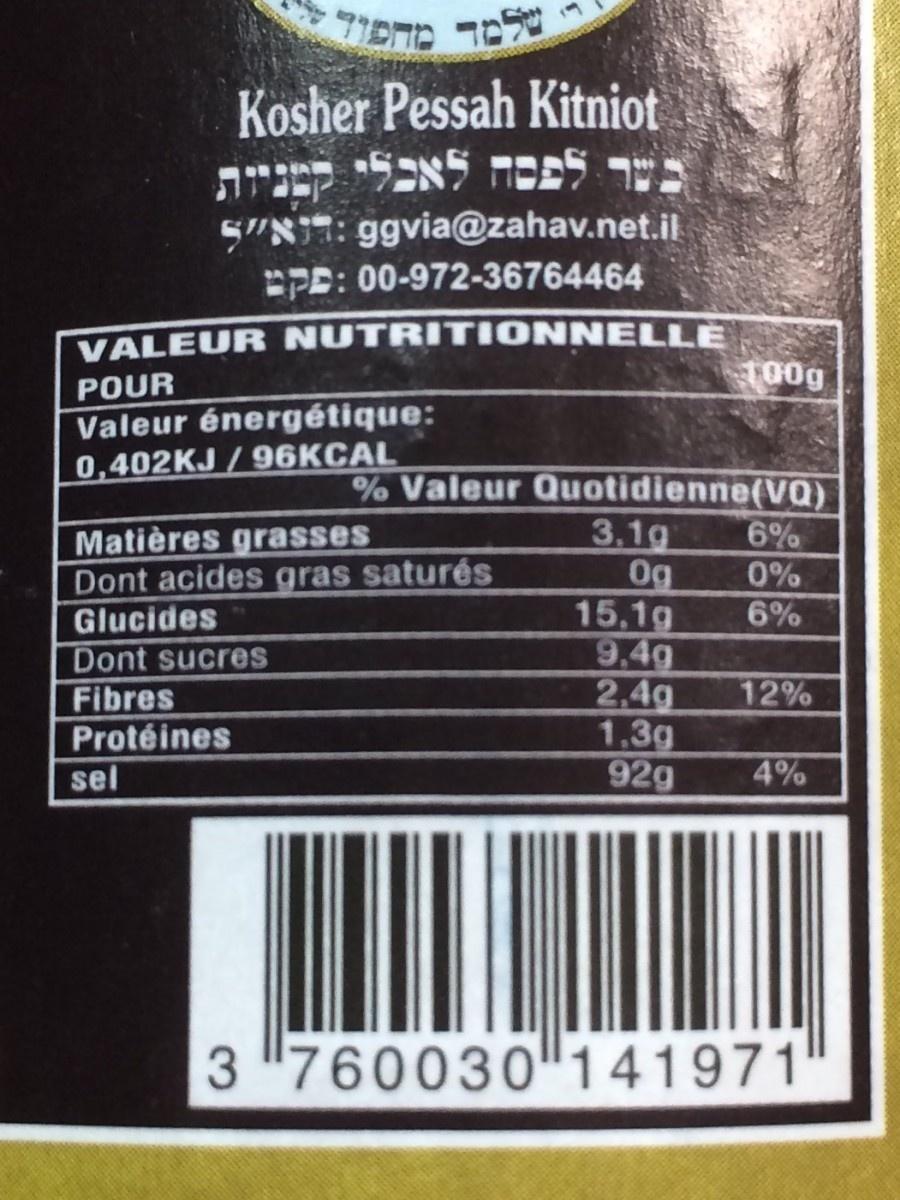
Kosher Pessah Kitniot בש קנות S"NT: ggvia@zahav.net.il PD: 00-972-36764464
VALEUR NUTRITI ONNELLE T00g
POUR
Valeur énergétique: 0,402KJ / 96KCAL
% Valeur Quotidienne(VQ) 3.1g 0g 15,1g 9,4g 2.4g 1,3g 92g
Matières grasses Dont acides gras saturés
6% 0% 6%
Glucides
Dont sucres Fibres Protéines
12%
sel
4%
3 "760030" 141971